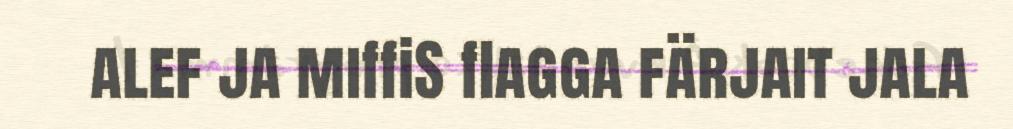
alef ja miffiS flagga färjait jala